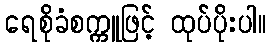
ရေစိုခံစက္ကူဖြင့် ထုပ်ပိုးပါ။